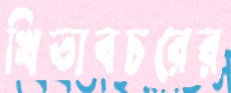
খিতাবচরের